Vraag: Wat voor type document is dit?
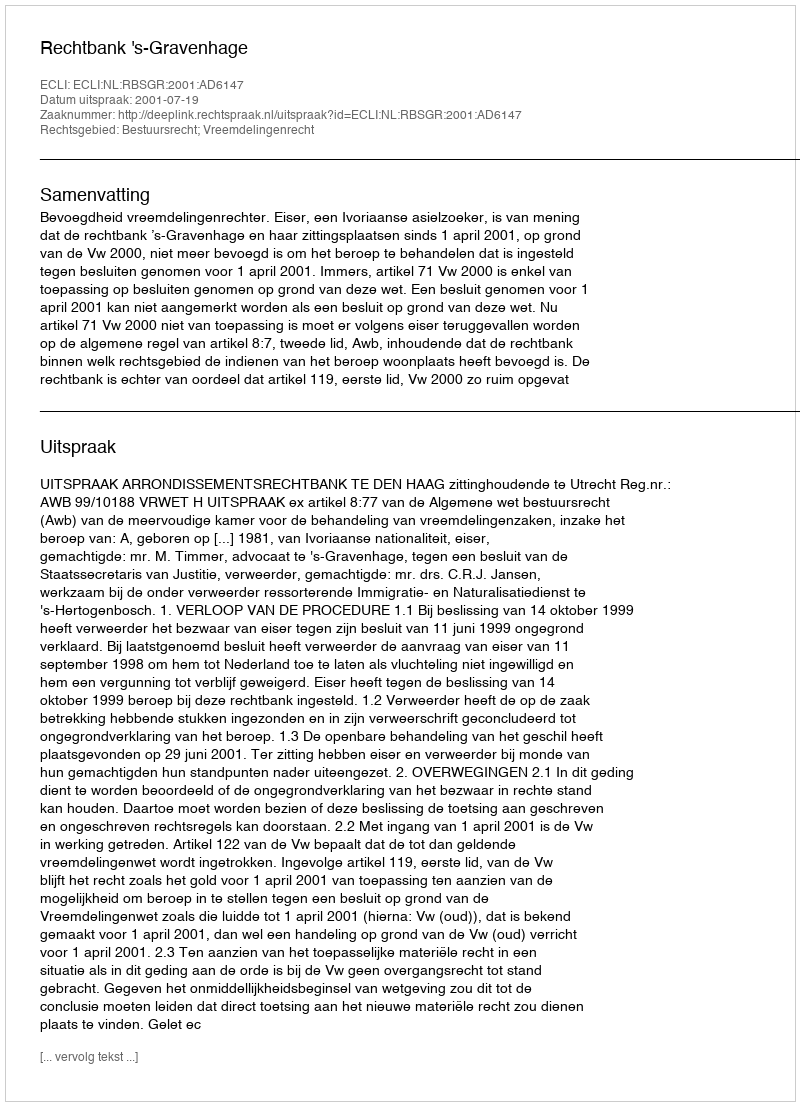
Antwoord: Uitspraak